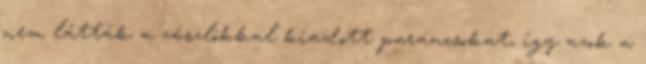
nem látták a zászlókkal kiadott parancsokat, így azok a